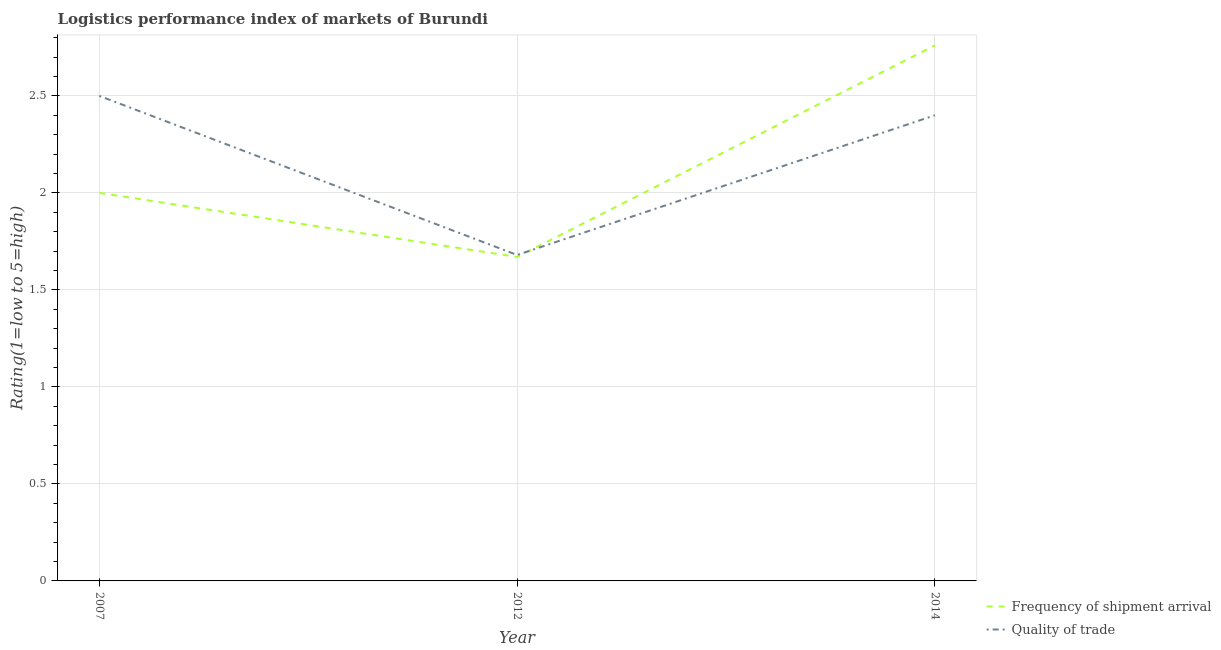
| Year | Frequency of shipment arrival | Quality of trade |
 | --- | --- | --- |
 | 2007 | 2 | 2.5 |
 | 2012 | 1.67 | 1.68 |
 | 2014 | 2.76 | 2.4 |